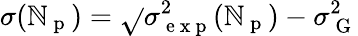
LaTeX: \sigma(\mathbb{N}_{\mathrm{{~p~}}})=\sqrt{}{{\sigma_{\mathrm{{~e~x~p~}}}^{2}(\mathbb{N}_{\mathrm{{~p~}}})-\sigma_{\mathrm{{~G~}}}^{2}}}